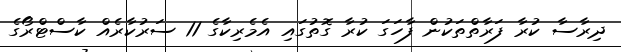
ދިރާސާ ކުރާ ފަރާތްތަކުން ފާހަގަ ކުރާ ގޮތުގައި އެމެރިކާގެ 11 ސަރުކާރެއް ކާސްޓްރޯގެ